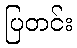
ပြတင်း